Jaan_Tonisson_(Lasteleht), lk 275
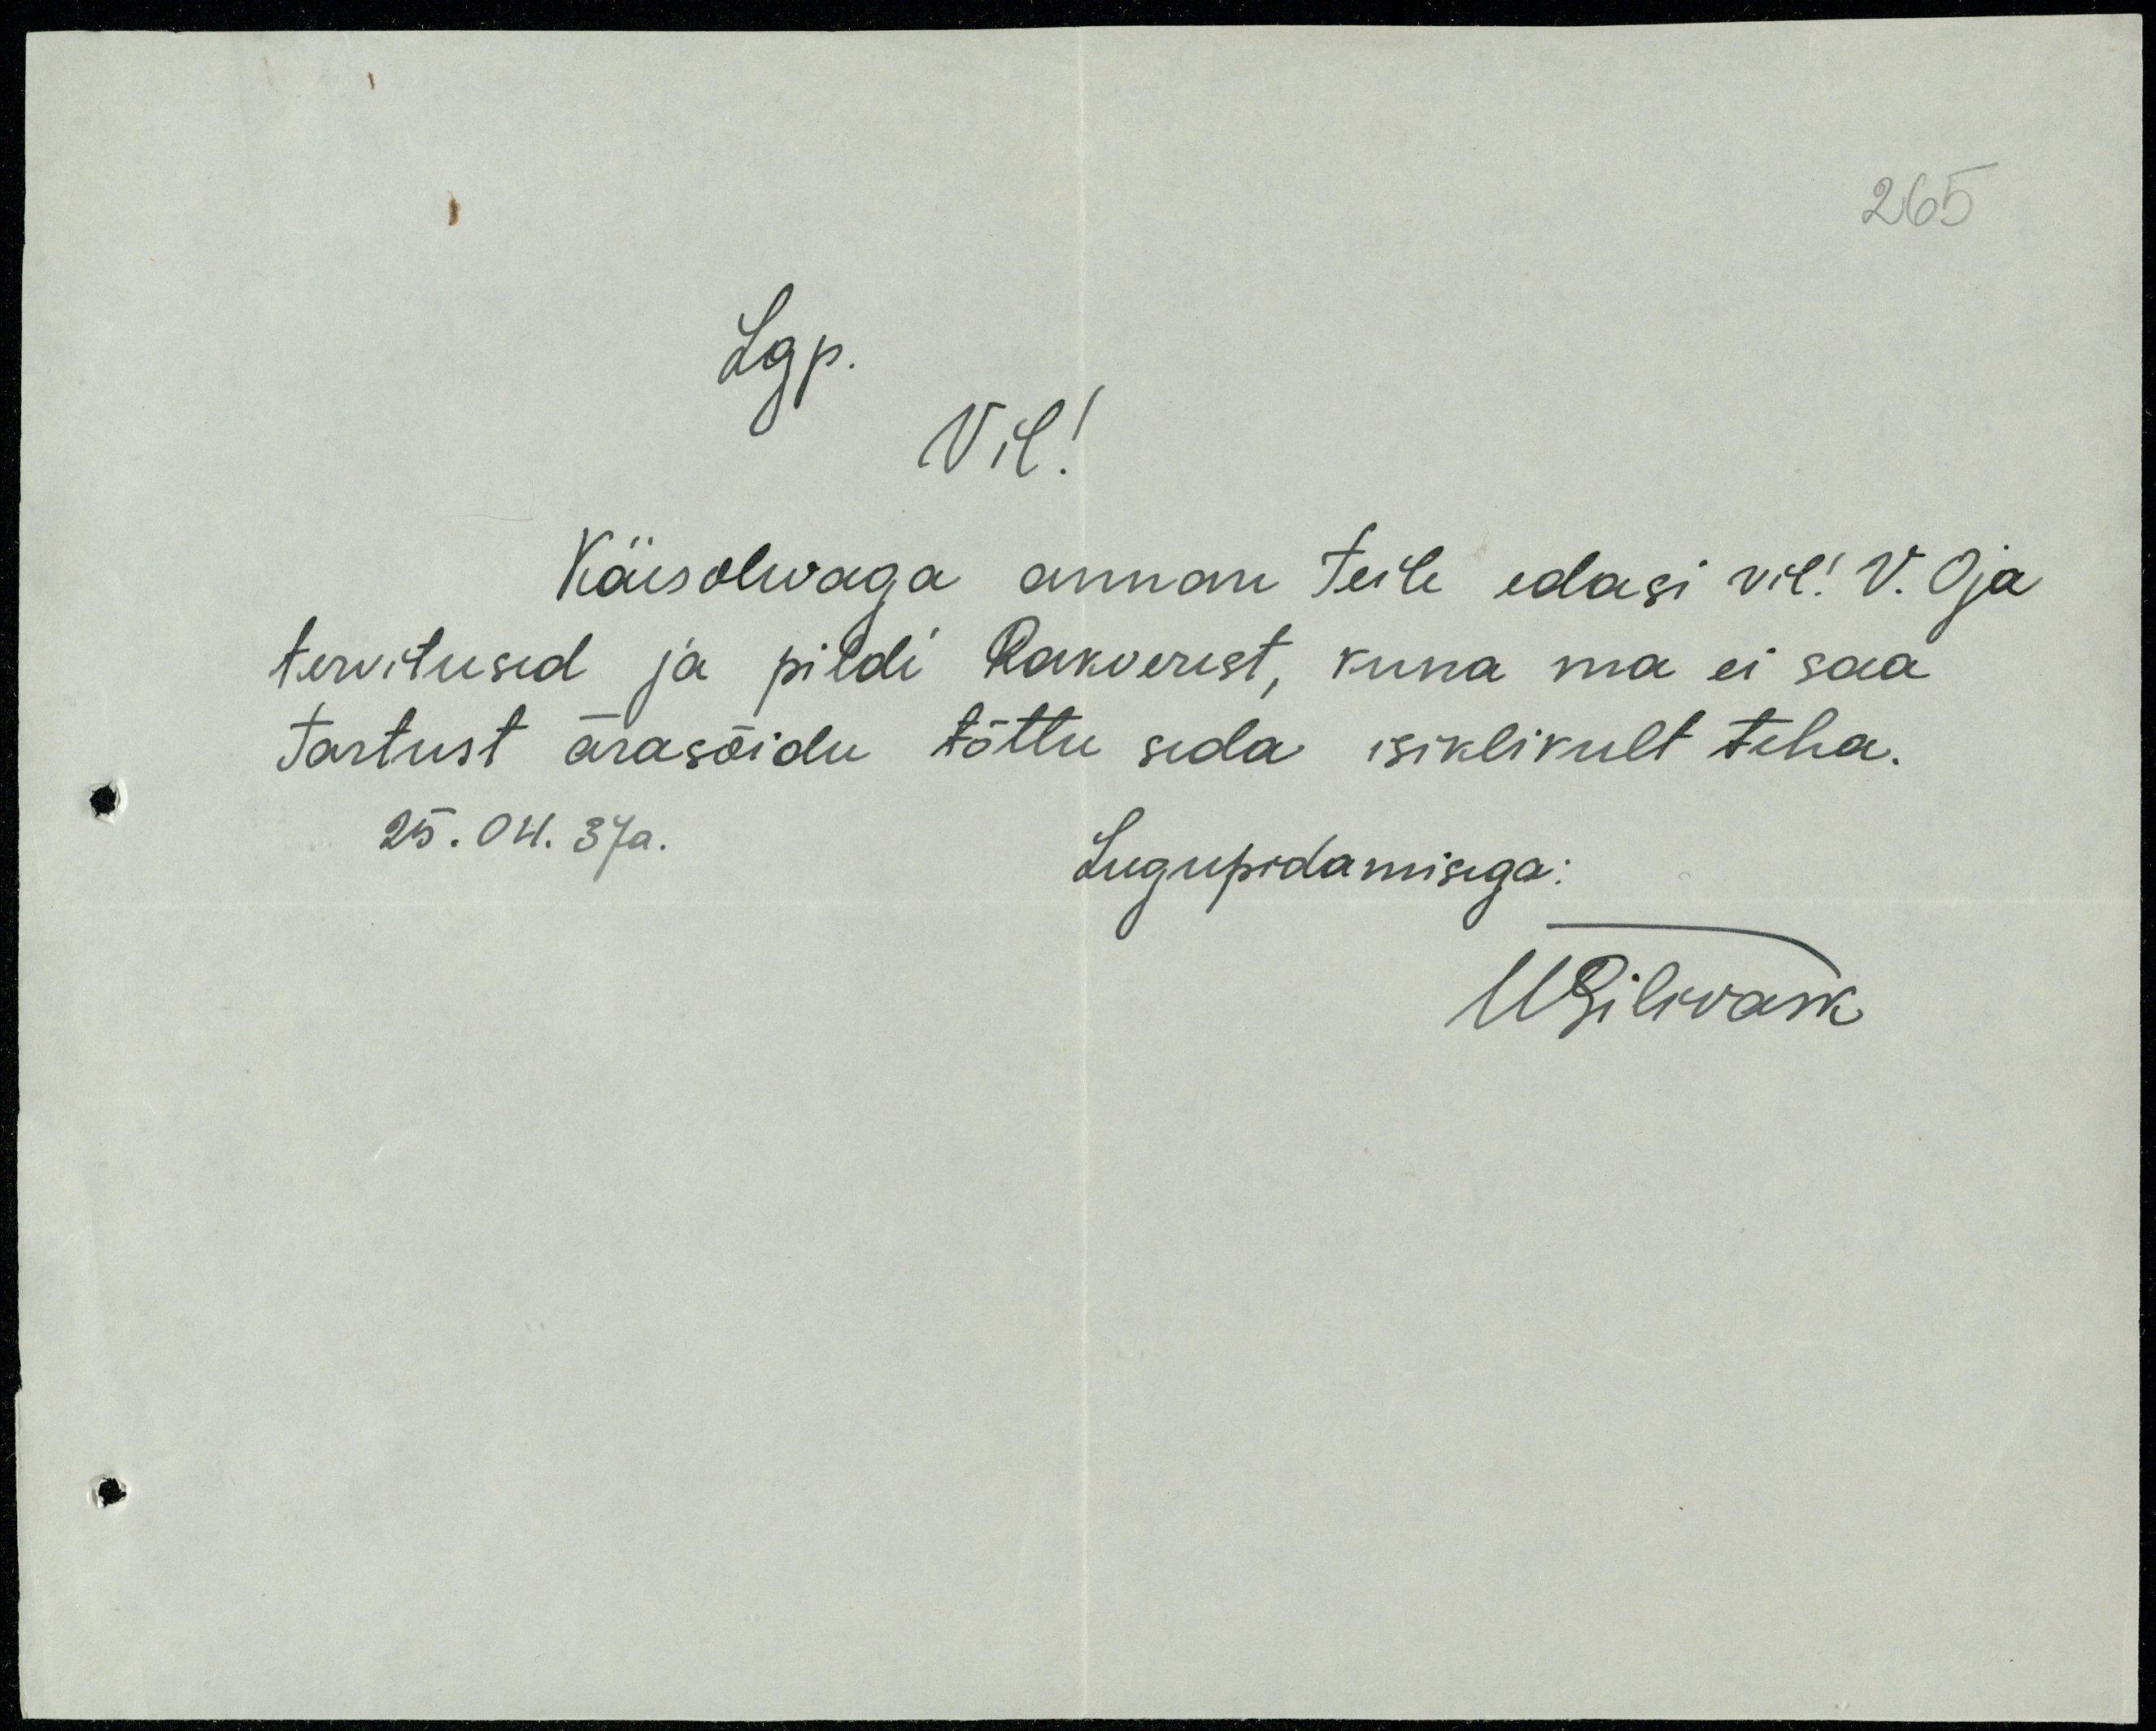
265
Lgp.
Vil!
Käesolevaga annan teile edasi vil! V. Oja
tervitused ja pildi Rakverest, kuna ma ei saa
Tartust ärasõidu tõttu seda isiklikult teha.
25.04. 37a.
Lugupidamisega:
USilivask